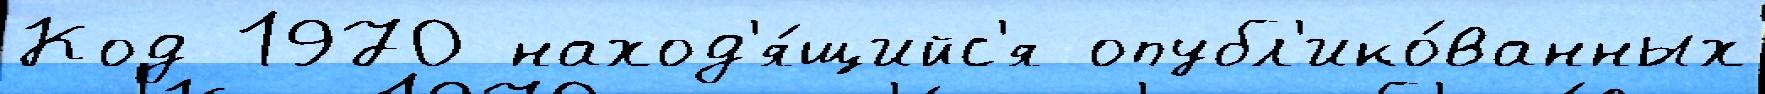
Код 1970 наход'я́щийс'я опубл'ико́ванных